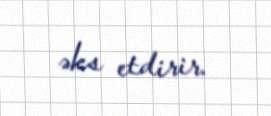
əks etdirir.